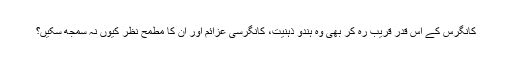
کانگرس کے اِس قدر قریب رہ کر بھی وہ ہندو ذہنیت، کانگرسی عزائم اور اُن کا مطمح نظر کیوں نہ سمجھ سکیں؟